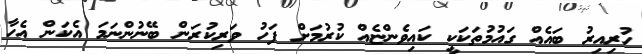
ހުރިއިރު ބައެއް ގައުމުތަކަކީ ކައިވެންޏެއް ކުރުމަށް ފަހު ވަރިކުރަން ބޭނުންނަމަ އެކަން އެހާ